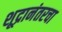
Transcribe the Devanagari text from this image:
शूद्रानंतरचा